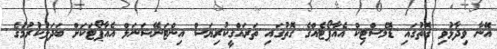
އޭނާ ވިދާޅުވި ގޮތުގައި ޑޮމެސްޓިކް އެއާޕޯޓެއްގެ ގޮތުގައި ތަރައްގީކުރިޔަސް އިންޓަނޭޝަނަލް އެއާޕޯޓަކަށް ބަދަލުކުރުމުގެ